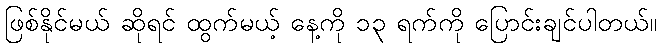
ဖြစ်နိုင်မယ် ဆိုရင် ထွက်မယ့် နေ့ကို ၁၃ ရက်ကို ပြောင်းချင်ပါတယ်။